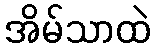
အိမ်သာထဲ